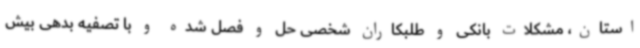
استان، مشکلات بانکی و طلبکاران شخصی حل و فصل شده و با تصفیه بدهی بیش